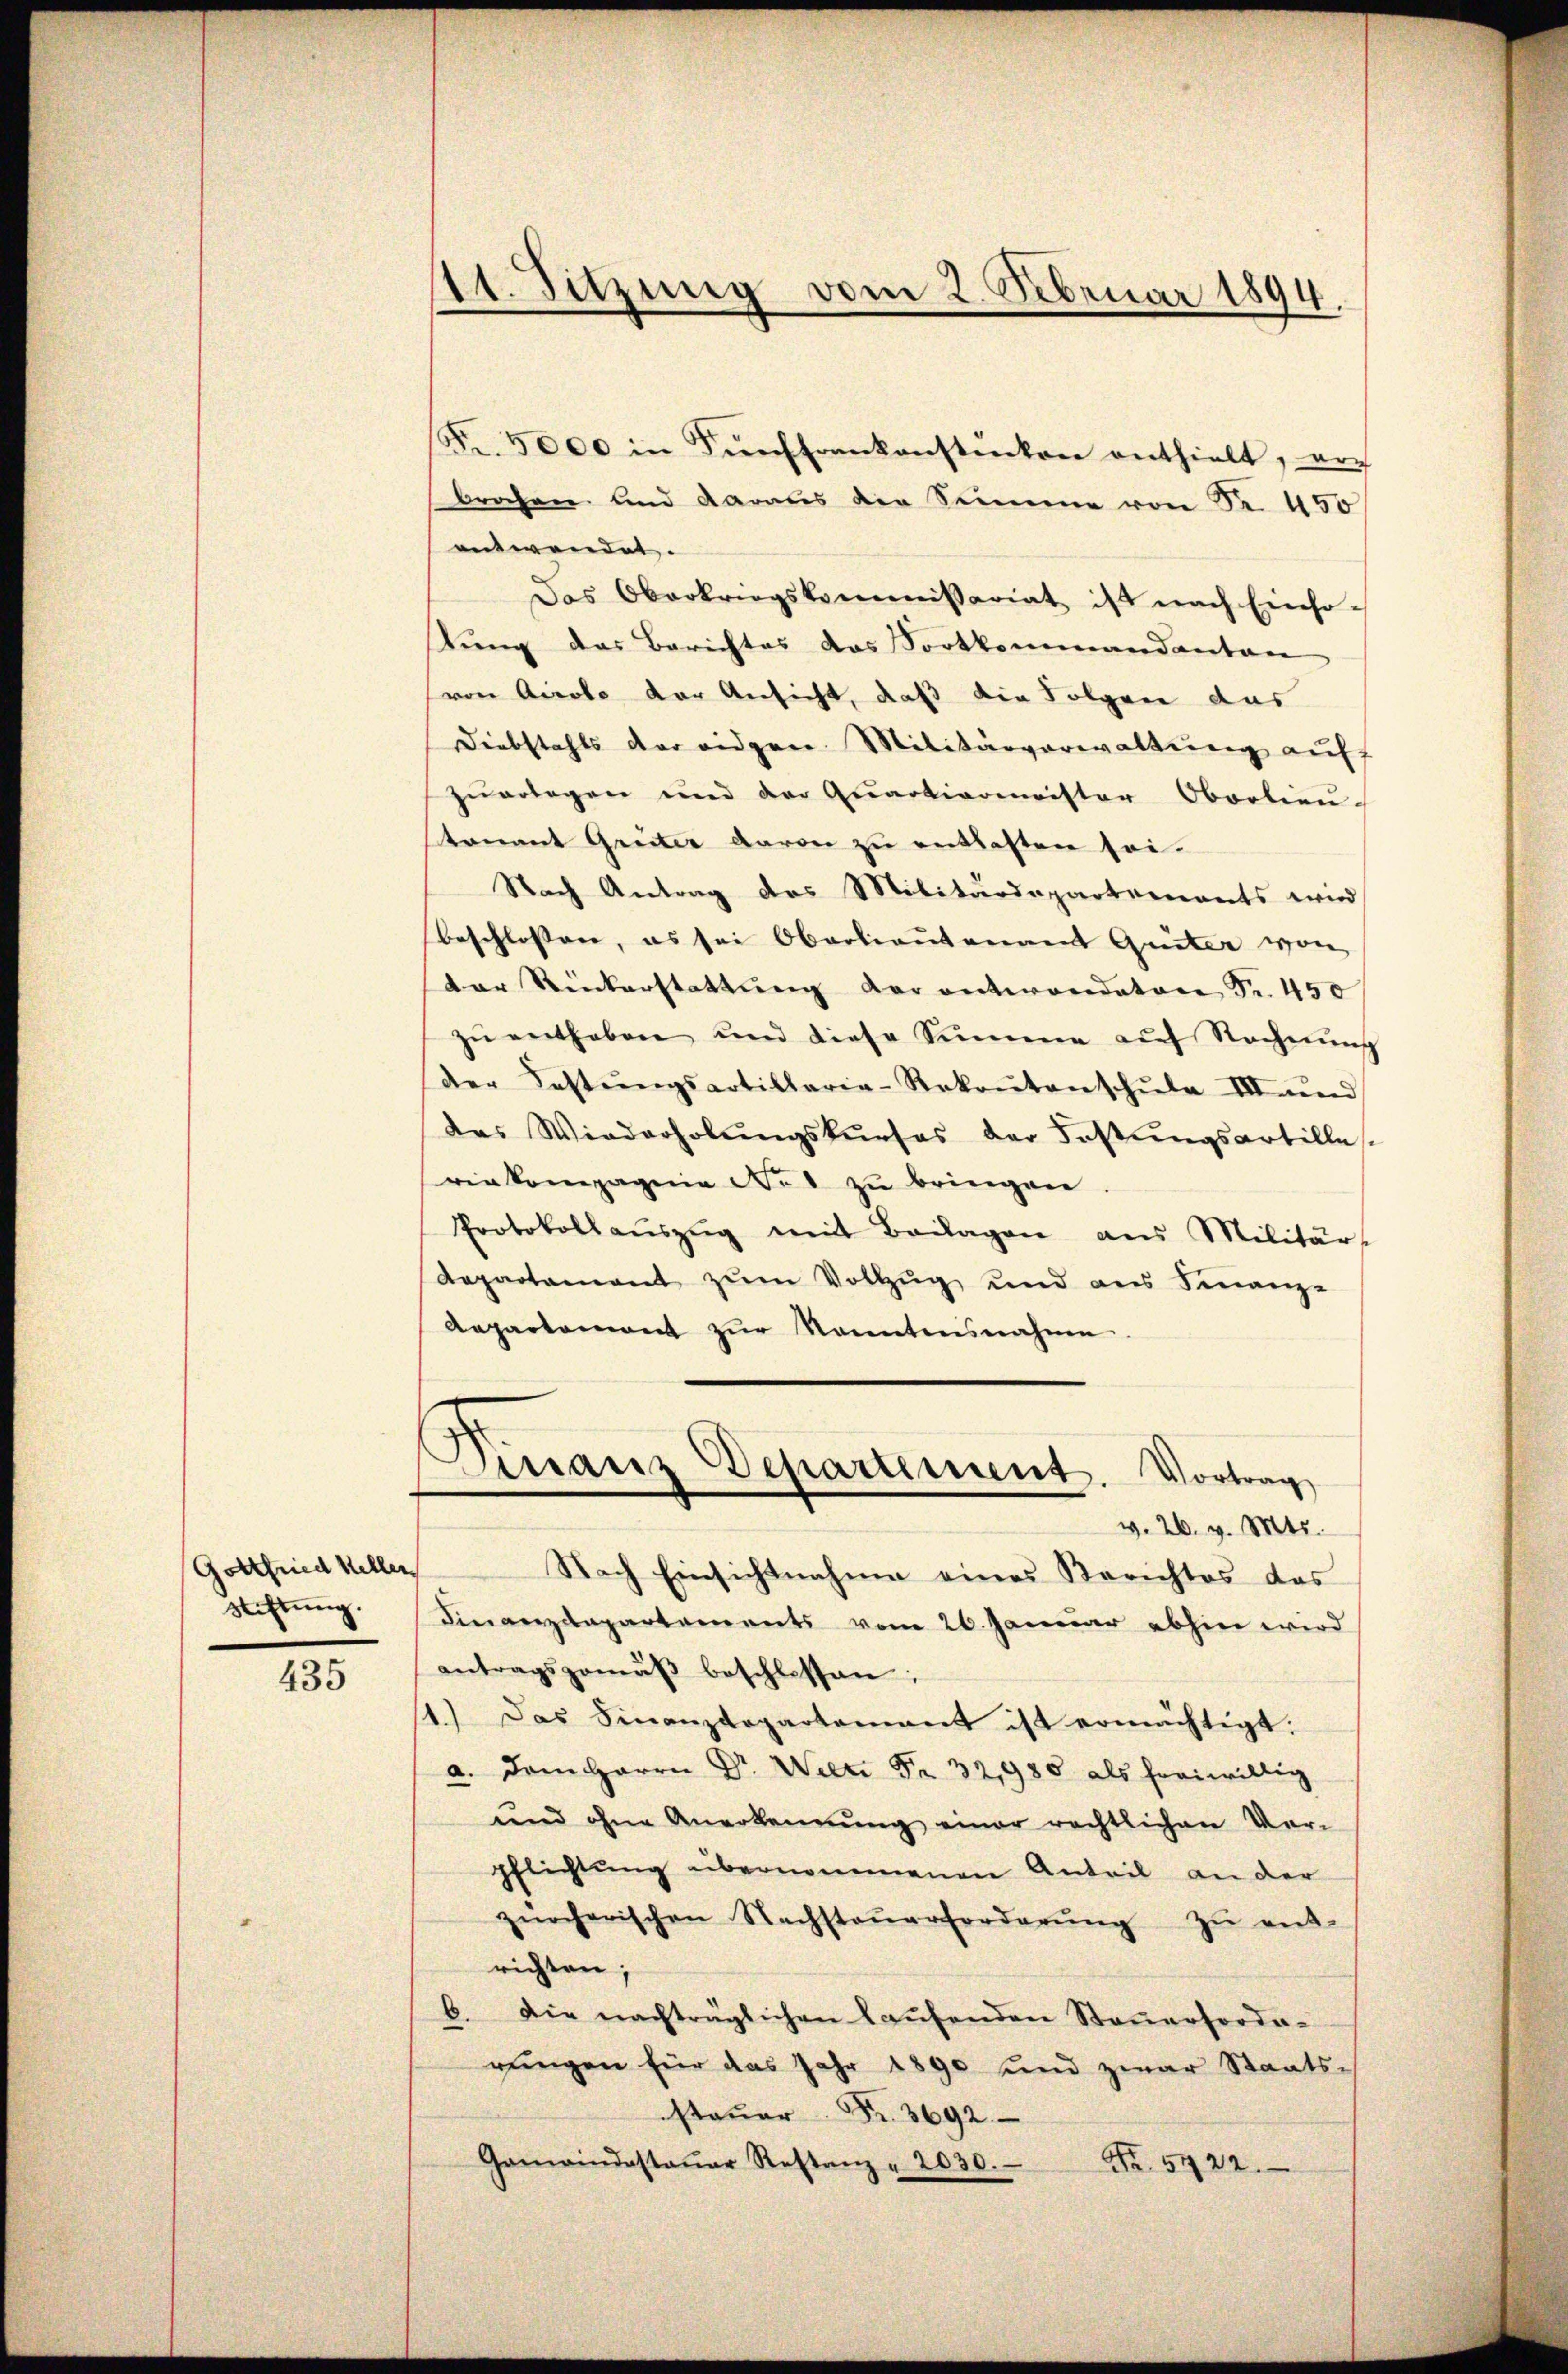
Gottfried Keller
Stiftung.

435

1t. Sitzung vom 2. Februar 1894.

Fr. 5000 in Fünffrankonstinken enthielt, noch
brochen und daraus der Semme von Fr. 450
entwendet.
Das Oberkriegskommissariat ist nach Einso-
tung das Berichtes das Fortkommandantan
von Airolo der Ansicht, daß die Folgen das
Diebstahls der eidgen. Militärverwaltŭng auff
zuerlegen und der Quartienmeister Oberlieŭ-
tenant Grüter davon zu entlasten sei.
Nach Antrag des Militärdepartements wird
beschlossen, es sei Oberlieutenamt Greiter von
der Rückerstattŭng der antwondaten Fr. 450
zŭ entheben und diese Summe aŭf Rechnŭng
der Festŭngsartiklaria-Rekoŭtanschŭle III und
das Wiederholŭngskŭrses der Fastŭngsartille-
riekompagnie der zu bringen
Protokollaŭszŭg mit Beilagen aus Militärs
Repartament zum Vollzug und aus Finanz-
Aepartement zŭr Sanentensnahme
Finanz Departement. Vortrag
v. 26. v. Mts.
Nach Einsichtnahme eines Berichtes das
Finanzdepartaments vom 26. Januar abhin wird
antragsgemäβ beschlossen:
11.) Das Finanzdepartement ist ermächtigt.
a. Dem Herrn Dr. Wien Fr. 32,980 als freiwillig
und ohne Anerkennung einer rechtlichen Ver-
pflichtung übernommenen Anteil an der
zürcherischen Nachsteŭerforderŭng zŭ ent-
richten;
6. Die nachträglichen laŭfenden Steuerforde-
rŭngen für das Jahr 1890 und zwar Staats-
stauer Fr. 3692
Gomwindestaŭar Restanz " 2030.
Nr. 5722.